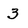
Character: 3